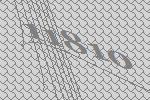
11810